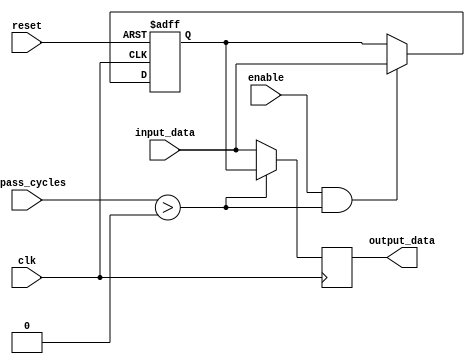
module Variable_Depth_Bypass_Register (
  input wire clk,
  input wire reset,
  input wire enable,
  input wire [7:0] input_data,
  input wire [3:0] bypass_cycles,
  output reg [7:0] output_data
);

reg [7:0] register_data;

always @(posedge clk or posedge reset) begin
  if (reset) begin
    register_data <= 8'b0;
  end else begin
    if (enable && bypass_cycles > 0) begin
      register_data <= input_data;
    end else begin
      register_data <= register_data;
    end
  end
end

always @(posedge clk) begin
  if (bypass_cycles > 0) begin
    output_data <= register_data;
  end else begin
    output_data <= input_data;
  end
end

endmodule